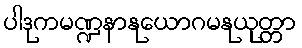
ပါဒုကမဏ္ဍနာနုယောဂမနုယုတ္တာ